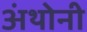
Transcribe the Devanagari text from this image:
अंथोनी